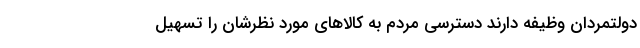
دولتمردان وظیفه دارند دسترسی مردم به کالاهای مورد نظرشان را تسهیل